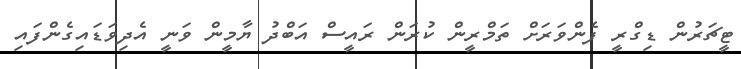
ޓީޗަރުން ޑިގްރީ ފެންވަރަށް ތަމްރީން ކުރަން ރައީސް އަބްދު ޔާމީން ވަނީ އެދިވަޑައިގެންފައި